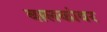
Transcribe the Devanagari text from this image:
बालकांवर